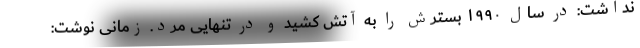
نداشت: در سال ۱۹۹۰ بسترش را به آتش کشید و در تنهایی مُرد. زمانی نوشت: